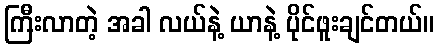
ကြီးလာတဲ့ အခါ လယ်နဲ့ ယာနဲ့ ပိုင်ဖူးချင်တယ်။